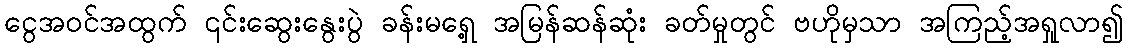
ငွေအဝင်အထွက် ၎င်းဆွေးနွေးပွဲ ခန်းမရှေ့ အမြန်ဆန်ဆုံး ခတ်မှုတွင် ဗဟိုမှသာ အကြည့်အရှုလာ၍